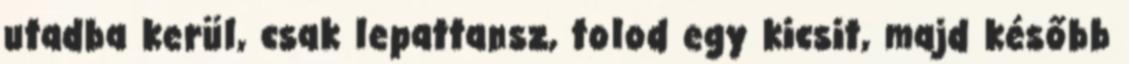
utadba kerül, csak lepattansz, tolod egy kicsit, majd később